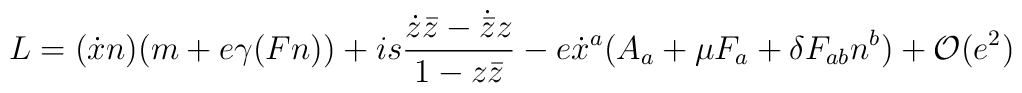
L=(\dot{x}n)(m+e\gamma(Fn))+is\frac{\dot{z}\bar{z}-\dot{\bar{z}}z}{1-z\bar{z}}-e\dot{x}^{a}(A_{a}+\mu F_{a}+ \delta F_{ab}n^{b})+{\cal O}(e^{2})